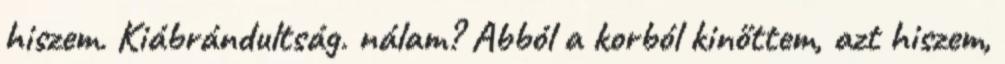
hiszem. Kiábrándultság. nálam? Abból a korból kinőttem, azt hiszem,